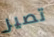
تصير